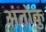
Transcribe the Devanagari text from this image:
अंतोकु